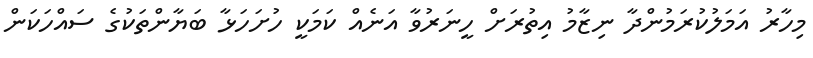
މިހާރު އަމަލުކުރަމުންދާ ނިޒާމު އިތުރަށް ހީނަރުވާ އަނެއް ކަމަކީ ހުށަހަޅާ ބަޔާންތަކުގެ ސައްހަކަން